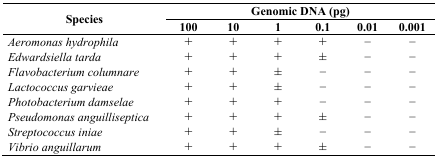
<table><thead><tr><td rowspan="2"><b>Species</b></td><td colspan="6"><b>Genomic DNA (pg)</b></td></tr><tr><td><b>100</b></td><td><b>10</b></td><td><b>1</b></td><td><b>0.1</b></td><td><b>0.01</b></td><td><b>0.001</b></td></tr></thead><tbody><tr><td><i>Aeromonas hydrophila</i></td><td>+</td><td>+</td><td>+</td><td>+</td><td>−</td><td>−</td></tr><tr><td><i>Edwardsiella tarda</i></td><td>+</td><td>+</td><td>+</td><td>±</td><td>−</td><td>−</td></tr><tr><td><i>Flavobacterium columnare</i></td><td>+</td><td>+</td><td>±</td><td>−</td><td>−</td><td>−</td></tr><tr><td><i>Lactococcus garvieae</i></td><td>+</td><td>+</td><td>±</td><td>−</td><td>−</td><td>−</td></tr><tr><td><i>Photobacterium damselae</i></td><td>+</td><td>+</td><td>+</td><td>−</td><td>−</td><td>−</td></tr><tr><td><i>Pseudomonas anguilliseptica</i></td><td>+</td><td>+</td><td>+</td><td>±</td><td>−</td><td>−</td></tr><tr><td><i>Streptococcus iniae</i></td><td>+</td><td>+</td><td>±</td><td>−</td><td>−</td><td>−</td></tr><tr><td><i>Vibrio anguillarum</i></td><td>+</td><td>+</td><td>+</td><td>±</td><td>−</td><td>−</td></tr></tbody></table>